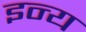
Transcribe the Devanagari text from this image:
इन्य